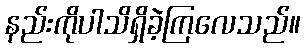
နည်းကိုပါသိရှိခဲ့ကြလေသည်။